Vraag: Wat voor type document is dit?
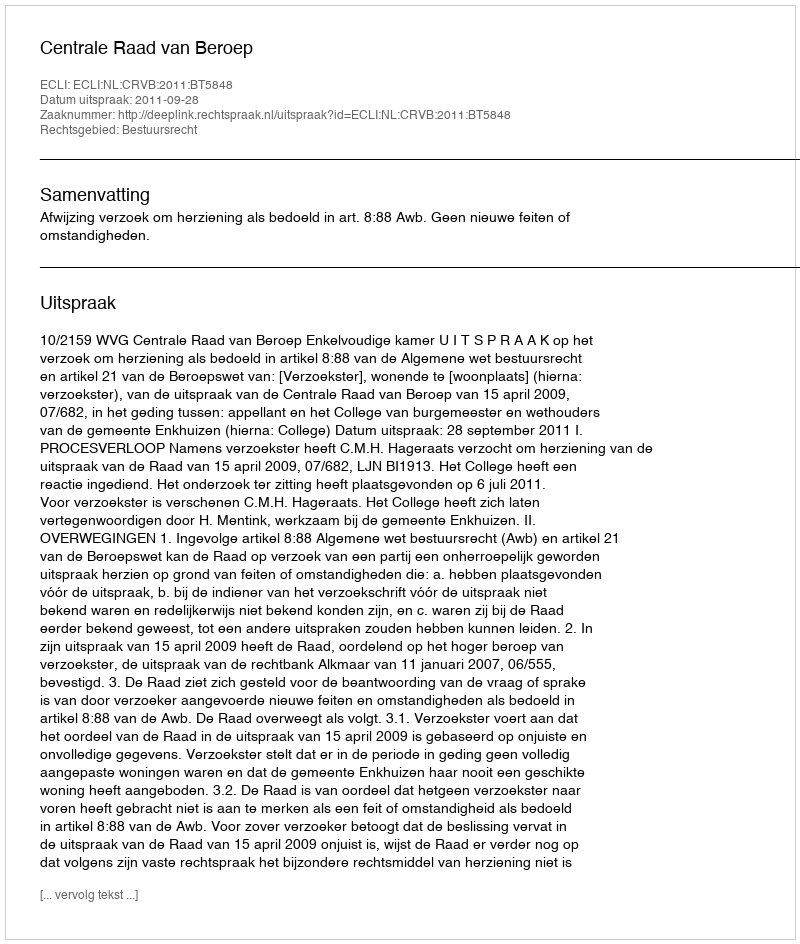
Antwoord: Uitspraak